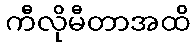
ကီလိုမီတာအထိ